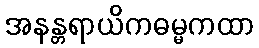
အနန္တရာယိကဓမ္မကထာ